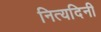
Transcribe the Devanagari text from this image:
नित्यदिनी